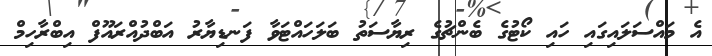
އެ މައްސަލައިގައި ހައި ކޯޓުގެ ބެންޗުގެ ރިޔާސަތު ބަލަހައްޓަވާ ފަނޑިޔާރު އަބްދުއްރައޫފް އިބްރާހިމް